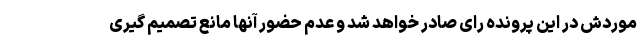
موردش در این پرونده رای صادر خواهد شد و عدم حضور آنها مانع تصمیم گیری